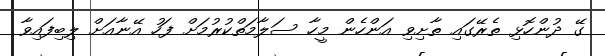
ގޭ ދުންހޮޅި ތެރޭގައި ތާށިވި އަންހެން މީހާ ސަލާމަތްކުރުމަށް ފަހު އޭނާއަށް ލިބިފައިވާ